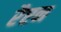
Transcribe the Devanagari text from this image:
रैप्टन